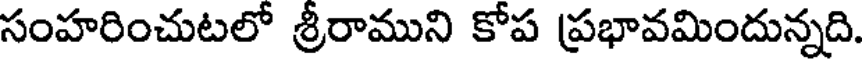
సంహరించుటలో శ్రీరాముని కోప ప్రభావమిందున్నది.